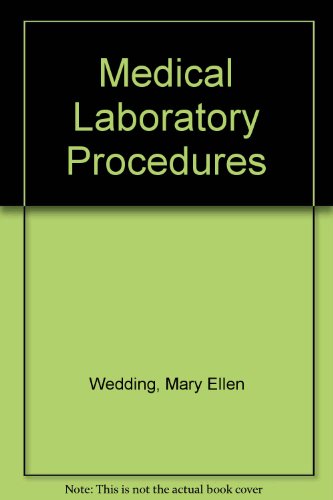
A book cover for Medical Laboratory Procedures; Mary Ellen Wedding; Medical Books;